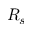
R _ { s }